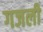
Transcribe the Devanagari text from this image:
गजली